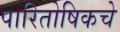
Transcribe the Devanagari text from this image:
पारितोषिकचे